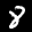
Label: 8